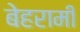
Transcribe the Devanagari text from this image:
बेहरामी